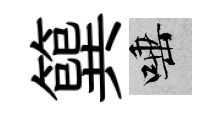
簨唾